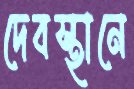
দেবস্থানে